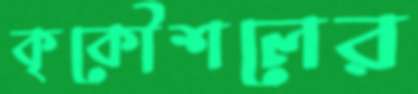
কৃকৌশলের